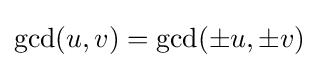
\gcd(u,v)=\gcd(\pm {}u,\pm {}v)